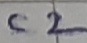
Text: C2